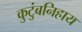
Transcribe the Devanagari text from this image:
कुटुंबनिहाय